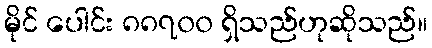
မိုင် ပေါင်း ၈၈၇၀၀ ရှိသည်ဟုဆိုသည်။